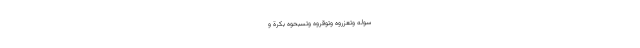
َسُولِهِ وَتُعَزِّرُوهُ وَتُوَقِّرُوهُ وَتُسَبِّحُوهُ بُكْرَةً وَ